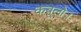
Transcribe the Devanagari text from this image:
कबूलो।